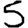
Digit: 5